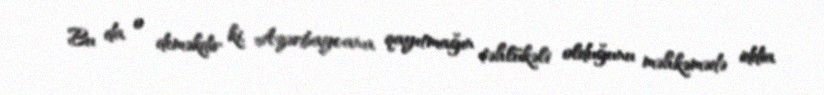
Bu da o deməkdir ki, Azərbaycana qayıtmağın təhlükəli olduğunu məhkəmədə iddia